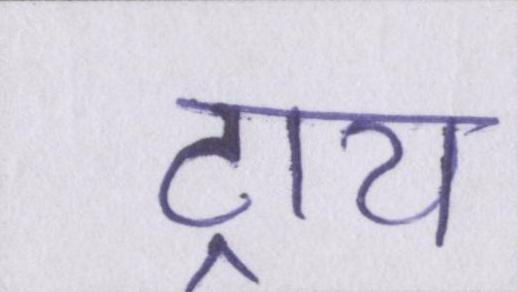
ट्राय